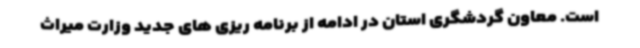
است. معاون گردشگری استان در ادامه از برنامه ریزی های جدید وزارت میراث